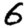
Digit: 6